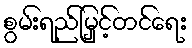
စွမ်းရည်မြှင့်တင်ရေး